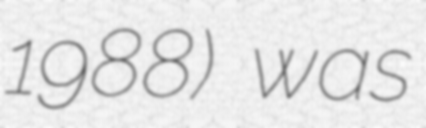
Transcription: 1988) was